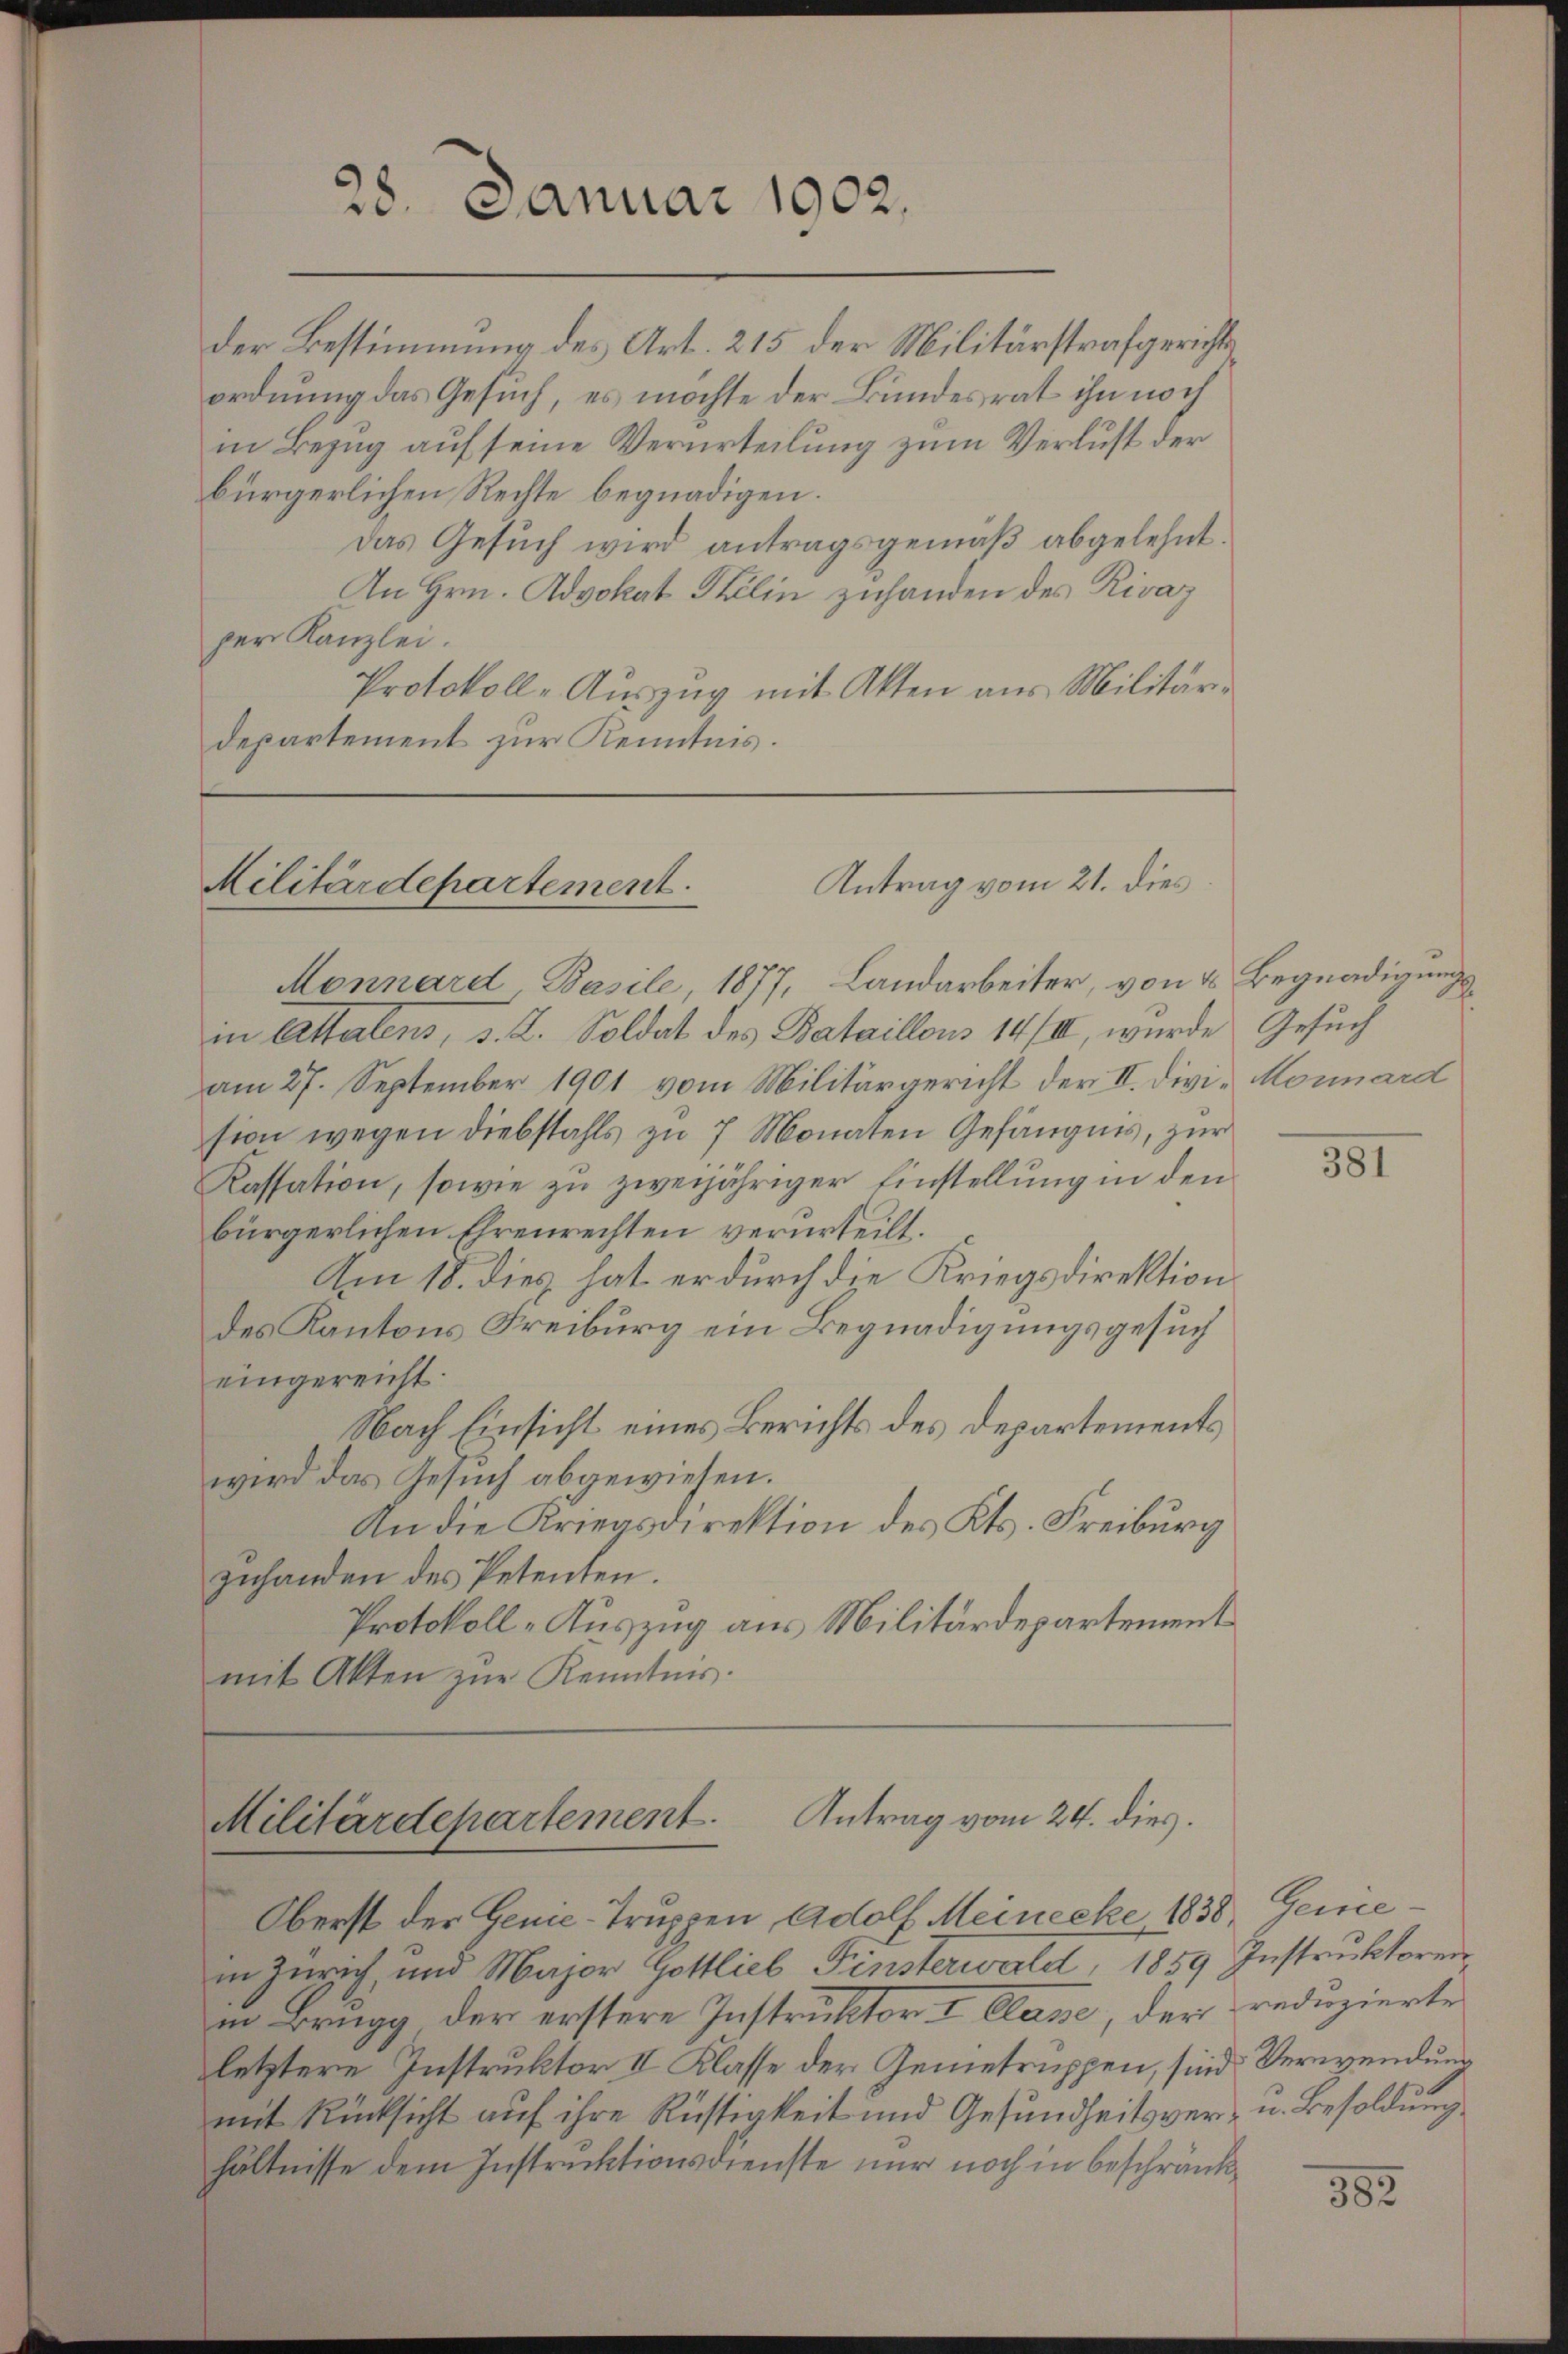
28. Januar 1902.

der Bestimmung des Art. 215 der Militärstrafgerichts
ordnung das Gesuch, es möchte der Bundesrat ihn noch
in Bezug auf seine Verurteilung zum Verlust der
bürgerlichen Rechte begnadigen.
Das Gesuch wird antragsgemäß abgelehnt.
An Hrn. Advokat Pelin zuhanden des Rivaz
per Kanzlei.
Protokoll-Auszug mit Akten aus Militärdepartement zur Kenntnis.

Antrag vom 21. dies
Militärdepartement.

Monnard Basile, 1877, Landarbeiter, von & Begnadigungsin Alterlens, d. 2. Soldat des Bataillons 14/II, wurde Gesuch
am 27. September 1901 vom Militärgericht der II. Divi- Monnard
sion wegen Diebstahls zu 7 Monaten Gefängnis, zur
Kassation, sowie zu zweijähriger Einstellung in den
bürgerlichen Ehrenrechten verurteilt.
Am 18. dies hat er durch die Kriegsdirektion
des Kantons Freiburg ein Begnadigungsgesuch
eingereicht.
Nach Einsicht eines Berichts des Departements
wird das Gesuch abgewiesen.
An die Kriegsdirektion des Kts. Freiburg
zuhanden des Petenten.
Protokoll-Auszug aus Militärdepartement
mit Akten zŭr Kenntnis.

Antrag vom 24. dies.
Militärdepartement
Oberst der Gene-Truppen Adolf Meinecke 1838, Gene¬

in Zürich, und Major Gottlieb Finsterwartet, 1859 Instruktoren
in Brugg der erstere Instruktor & Classe, der reduzierte
letztere Instruktor II Klasse der Gemetruppen, sind Verwendun
mit Rücksicht auf ihre Rüstigkeit und Gesundheitsver- u. Besoldung
hältnisse dem Instruktionsdienste nur noch in beschränk¬

381

382